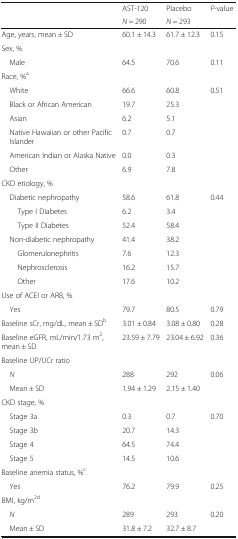
<table><thead><tr><td rowspan="2"></td><td><b>AST-120</b></td><td><b>Placebo</b></td><td rowspan="2"><b><i>P</i>-value</b></td></tr><tr><td><b><i>N</i> = 290</b></td><td><b><i>N</i> = 293</b></td></tr></thead><tbody><tr><td>Age, years, mean ± SD</td><td>60.1 ± 14.3</td><td>61.7 ± 12.3</td><td>0.15</td></tr><tr><td colspan="4">Sex, %</td></tr><tr><td> Male</td><td>64.5</td><td>70.6</td><td>0.11</td></tr><tr><td colspan="4">Race, %<sup>a</sup></td></tr><tr><td> White</td><td>66.6</td><td>60.8</td><td>0.51</td></tr><tr><td> Black or African American</td><td>19.7</td><td>25.3</td><td></td></tr><tr><td> Asian</td><td>6.2</td><td>5.1</td><td></td></tr><tr><td> Native Hawaiian or other Pacific Islander</td><td>0.7</td><td>0.7</td><td></td></tr><tr><td> American Indian or Alaska Native</td><td>0.0</td><td>0.3</td><td></td></tr><tr><td> Other</td><td>6.9</td><td>7.8</td><td></td></tr><tr><td colspan="4">CKD etiology, %</td></tr><tr><td> Diabetic nephropathy</td><td>58.6</td><td>61.8</td><td>0.44</td></tr><tr><td>Type I Diabetes</td><td>6.2</td><td>3.4</td><td></td></tr><tr><td>Type II Diabetes</td><td>52.4</td><td>58.4</td><td></td></tr><tr><td> Non-diabetic nephropathy</td><td>41.4</td><td>38.2</td><td></td></tr><tr><td>Glomerulonephritis</td><td>7.6</td><td>12.3</td><td></td></tr><tr><td>Nephrosclerosis</td><td>16.2</td><td>15.7</td><td></td></tr><tr><td>Other</td><td>17.6</td><td>10.2</td><td></td></tr><tr><td colspan="4">Use of ACEI or ARB, %</td></tr><tr><td> Yes</td><td>79.7</td><td>80.5</td><td>0.79</td></tr><tr><td>Baseline sCr, mg/dL, mean ± SD<sup>b</sup></td><td>3.01 ± 0.84</td><td>3.08 ± 0.80</td><td>0.28</td></tr><tr><td>Baseline eGFR, mL/min/1.73 m<sup>2</sup>, mean ± SD</td><td>23.59 ± 7.79</td><td>23.04 ± 6.92</td><td>0.36</td></tr><tr><td colspan="4">Baseline UP/UCr ratio</td></tr><tr><td> <i>N</i></td><td>288</td><td>292</td><td>0.06</td></tr><tr><td> Mean ± SD</td><td>1.94 ± 1.29</td><td>2.15 ± 1.40</td><td></td></tr><tr><td colspan="4">CKD stage, %</td></tr><tr><td> Stage 3a</td><td>0.3</td><td>0.7</td><td>0.70</td></tr><tr><td> Stage 3b</td><td>20.7</td><td>14.3</td><td></td></tr><tr><td> Stage 4</td><td>64.5</td><td>74.4</td><td></td></tr><tr><td> Stage 5</td><td>14.5</td><td>10.6</td><td></td></tr><tr><td colspan="4">Baseline anemia status, %<sup>c</sup></td></tr><tr><td> Yes</td><td>76.2</td><td>79.9</td><td>0.25</td></tr><tr><td colspan="4">BMI, kg/m<sup>2d</sup></td></tr><tr><td> <i>N</i></td><td>289</td><td>293</td><td>0.20</td></tr><tr><td> Mean ± SD</td><td>31.8 ± 7.2</td><td>32.7 ± 8.7</td><td></td></tr></tbody></table>